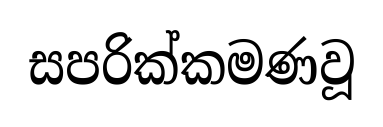
සපරික්කමණවූ